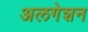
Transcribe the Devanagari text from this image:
अलगेशन